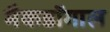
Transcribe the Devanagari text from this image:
मैकडॉगाल